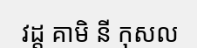
វដ្ត គាមិ នី កុសល